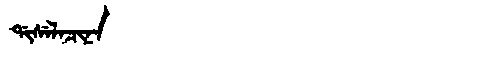
Manchu: ᡩᡳᠰᡝᠯᠠᠴᡳᠨᠠ
Romanization: DISELACINA